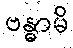
ဗန္ဓာမိ